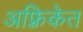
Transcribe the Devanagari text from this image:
अफ़्रिकेत